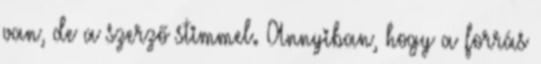
van, de a szerző stimmel. Annyiban, hogy a forrás